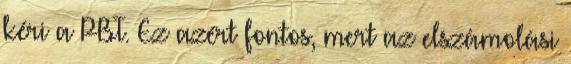
kéri a PBT. Ez azért fontos, mert az elszámolási